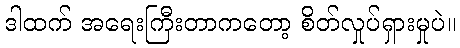
ဒါထက် အရေးကြီးတာကတော့ စိတ်လှုပ်ရှားမှုပဲ။